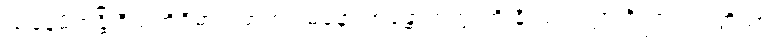
သနေမိကန္တိ ဝီသတိဝိဓာ မောဟဂါမိနော အန္တောကတွာတိ နိဿယတ္တာ ဝိညာဏုပ္ပတ္တိယာ